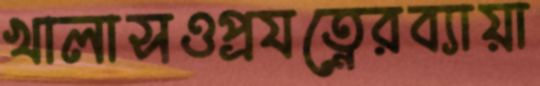
খালাসওপ্রযত্নেরব্যায়া